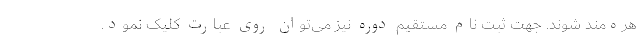
هره‌مند شوند. جهت ثبت نام مستقیم دوره نیز می‌توان روی عبارت کلیک نمود.